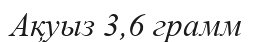
Ақуыз 3,6 грамм